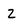
Character: 2